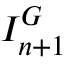
I _ { n + 1 } ^ { G }